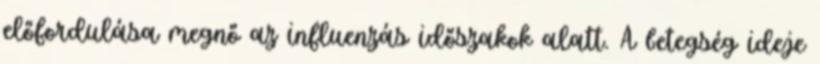
előfordulása megnő az influenzás időszakok alatt. A betegség ideje